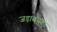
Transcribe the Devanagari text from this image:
जड़ावचंद